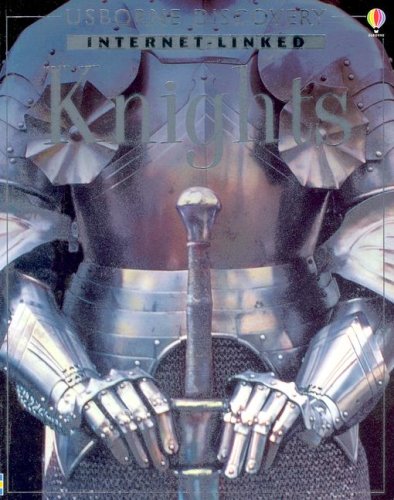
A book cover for Knights (Usborne Internet-Linked Discovery Program); Rachel Firth; Children's Books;